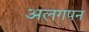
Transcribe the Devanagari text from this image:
अलगपन